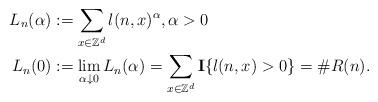
LaTeX: \begin{align*}L_{n}(\alpha) &:= \sum_{x \in \mathbb{Z}^d} l(n,x)^{\alpha}, \alpha >0\\L_n(0) &:=\lim_{\alpha \downarrow 0} L_n(\alpha)= \sum_{x \in \mathbb{Z}^d} \mathbf{I}\{ l(n,x)>0\} =\# R(n).\end{align*}